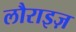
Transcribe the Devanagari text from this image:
लौराइज़